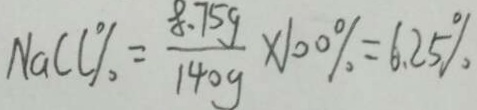
N a C l \% = \frac { 8 . 7 5 g } { 1 4 0 g } \times 1 0 0 \% = 6 . 2 5 \%